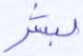
لبشر